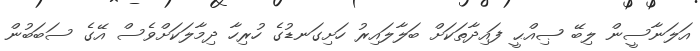
އަލަނާސީން ލިބޭ ޞިއްޙީ ފައިދާތަކަށް ބަލާލައިރު ހަށިގަނޑުގެ ހުރިހާ ދިމާލަކަށްވެސް އޭގެ ސަބަބުން